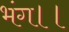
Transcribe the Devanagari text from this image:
भंग।।